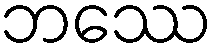
ဘဿေ